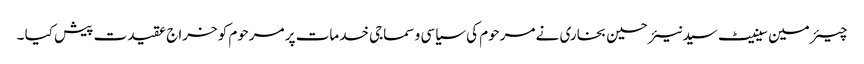
چیئرمین سینیٹ سید نیئر حسین بخاری نے مرحوم کی سیاسی و سماجی خدمات پر مرحوم کو خراج عقیدت پیش کیا ۔